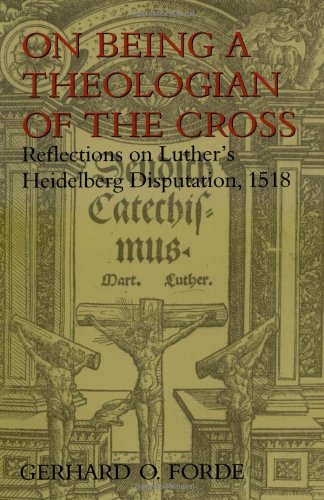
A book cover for On Being a Theologian of the Cross: Reflections on Luther's Heidelberg Disputation, 1518 (Theology); Mr. Gerhard O. Forde; Christian Books & Bibles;